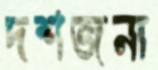
দশজনা